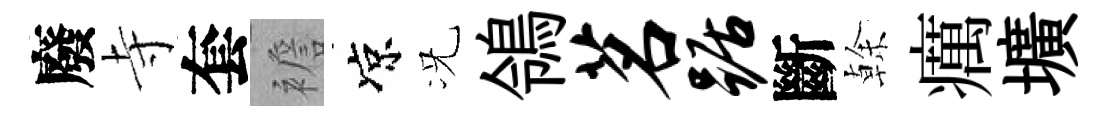
廢寺套襜凉况鴒茗踞斷𠏉癘壙